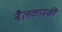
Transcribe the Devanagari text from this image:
बैलकास्की